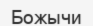
Божычи